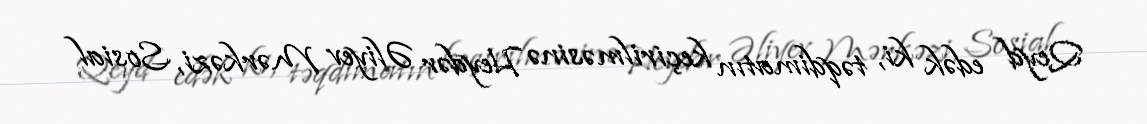
Qeyd edək ki, təqdimatın keçirilməsinə Heydər Əliyev Mərkəzi, Sosial